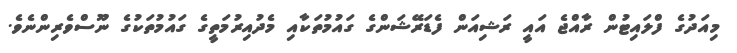
މިއަދުގެ ފްލައިޓުން ރާއްޖެ އައީ ރަޝިއަން ފެޑަރޭޝަންގެ ގައުމުތަކާއި މެދުއިރުމަތީގެ ގައުމުތަކުގެ ނޫސްވެރިންނެވެ.